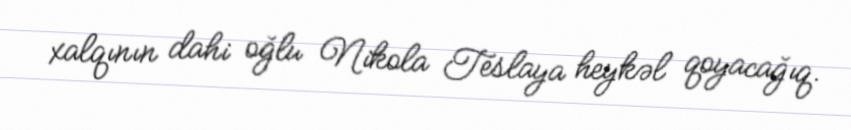
xalqının dahi oğlu Nikola Teslaya heykəl qoyacağıq.